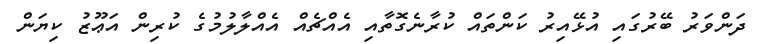
ދަންވަރު ބޭރުގައި އުޅޭއިރު ކަންތައް ކުރާނެގޮތާއި އެއްޗެއް އެއްލާލުމުގެ ކުރިން އަޢޫޒު ކިޔަން